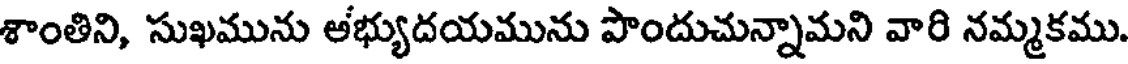
శాంతిని, సుఖమును అభ్యుదయమును పొందుచున్నామని వారి నమ్మకము.